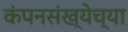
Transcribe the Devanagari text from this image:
कंपनसंख्येच्या